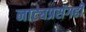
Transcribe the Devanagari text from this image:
नाट्यप्रसंगही